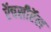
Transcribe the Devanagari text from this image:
ऍचसीऍल